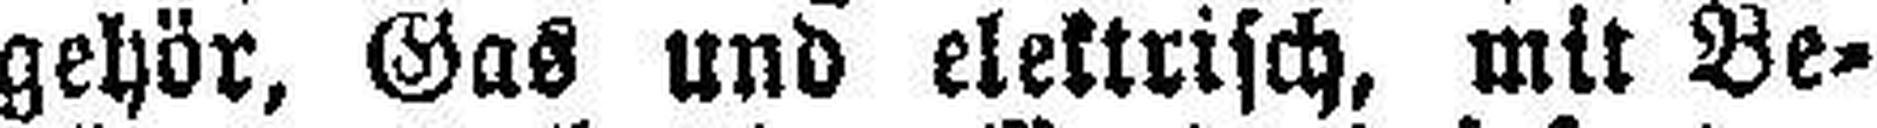
gehör, Gas und elektrisch, mit Be¬